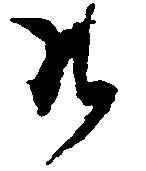
そ